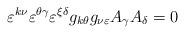
LaTeX: \begin{align*}\varepsilon^{k\nu}\varepsilon^{\theta\gamma}\varepsilon^{\xi \delta}g_{k\theta}g_{\nu \varepsilon}A_{\gamma}A_{\delta} = 0\end{align*}